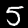
Label: 5